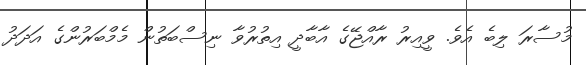
މުސާރަ ލިބެ އެވެ. ވީއިރު ރާއްޖޭގެ އާބާދީ އިތުރުވާ ނިސްބަތުން މެމްބަރުންގެ އަދަދު